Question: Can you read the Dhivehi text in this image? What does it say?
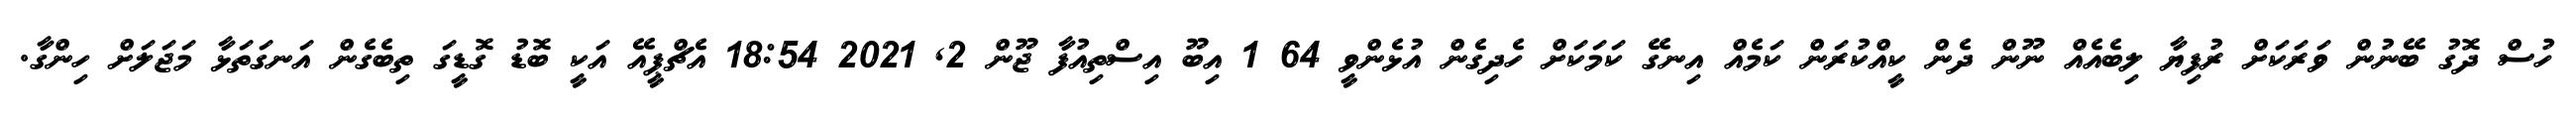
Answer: ހުސް ދޮގު ބޭނުން ވަރަކަށް ރުފިޔާ ލިބެއެއް ނޫން ދެން ކީއްކުރަން ކަމެއް އިނގޭ ކަމަކަށް ހެދިގެން އުޅެންވީ 64 1 އިބޫ އިސްތިއުފާ ޖޫން 2, 2021 18:54 އެޗްޕީއޭ އަކީ ބޮޑު ގޮޑީގަ ތިބެގެން އަނގަތަޅާ މަޖަލަށް ހިންގާ.